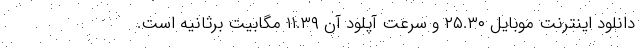
دانلود اینترنت موبایل ۲۵.۳۰ و سرعت آپلود آن ۱۱.۳۹ مگابیت برثانیه است.